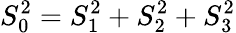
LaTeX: S_{0}^{2}=S_{1}^{2}+S_{2}^{2}+S_{3}^{2}